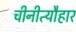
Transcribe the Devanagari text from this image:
चीनीत्यौहार